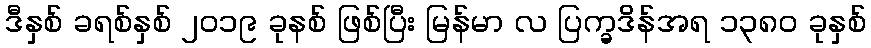
ဒီနှစ် ခရစ်နှစ် ၂၀၁၉ ခုနစ် ဖြစ်ပြီး မြန်မာ လ ပြက္ခဒိန်အရ ၁၃၈၀ ခုနှစ်